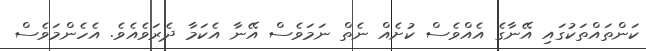
ކަންތައްތަކުގައި އޭނާގެ އެއްވެސް ކުށެއް ނެތް ނަމަވެސް އޭނާ އެކަމާ ދެރަވެއެވެ. އެހެންމަވެސް